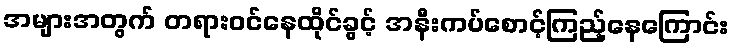
အများအတွက် တရားဝင်နေထိုင်ခွင့် အနီးကပ်စောင့်ကြည့်နေကြောင်း